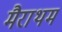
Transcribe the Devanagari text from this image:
मैराथम